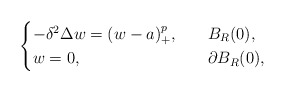
\begin{align*}\begin{cases}-\delta^2\Delta w=(w-a)^{p}_+,\ \ &\ B_R(0),\\w=0,\ \ &\ \partial B_R(0),\end{cases}\end{align*}